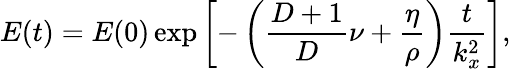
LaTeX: E(t)=E(0)\exp{\left[-\left(\frac{D+1}{D}\nu+\frac{\eta}{\rho}\right)\frac{t}{k_{x}^{2}}\right]},